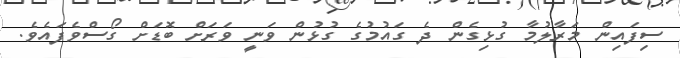
ސިފައިން މަރާލުމާ ގުޅިގެން ދެ ގައުމުގެ ގުޅުން ވަނީ ވަރަށް ބޮޑަށް ގޯސްވެފައެވެ.